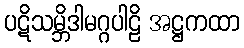
ပဋိသမ္ဘိဒါမဂ္ဂပါဠိ အဋ္ဌကထာ